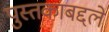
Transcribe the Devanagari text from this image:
पुस्तकाबद्दले